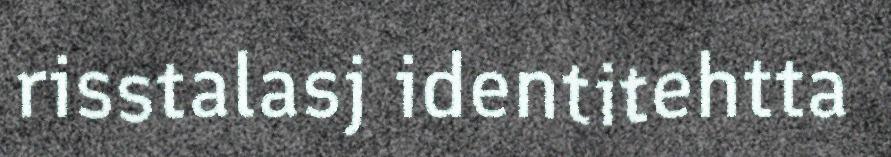
risstalasj identitehtta